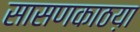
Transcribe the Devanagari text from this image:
सासणकाठय़ा